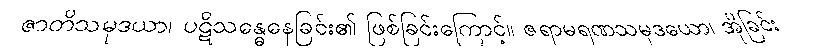
ဇာတိသမုဒယာ၊ ပဋိသန္ဓေနေခြင်း၏ ဖြစ်ခြင်းကြောင့်။ ဇရာမရဏသမုဒယော၊ အိုခြင်း